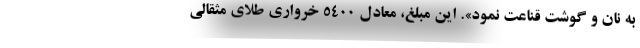
به نان و گوشت قناعت نمود». این مبلغ، معادل ۵۴۰۰ خرواری طلای مثقالی